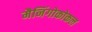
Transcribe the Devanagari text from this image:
मैनिंगोकोकल